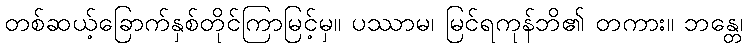
တစ်ဆယ့်ခြောက်နှစ်တိုင်ကြာမြင့်မှ။ ပဿာမ၊ မြင်ရကုန်ဘိ၏ တကား။ ဘန္တေ၊